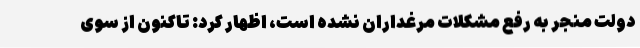
دولت منجر به رفع مشکلات مرغداران نشده است، اظهار کرد: تاکنون از سوی